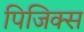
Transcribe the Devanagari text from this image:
पिजिक्स